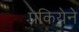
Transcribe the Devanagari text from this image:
प्रकियेने